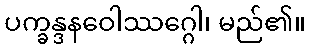
ပက္ခန္ဒနဝေါဿဂ္ဂေါ၊ မည်၏။